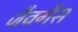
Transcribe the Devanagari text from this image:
जैवगैस